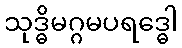
သုဒ္ဓိမဂ္ဂမပရဒ္ဓေါ